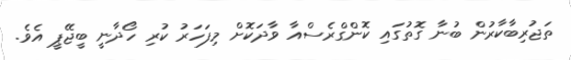
ތަޖުރިބާކާރުން ބުނާ ގޮތުގައި ކޮންގްރެސްއާ ވާދަކޮށް މިފަހަރު ކުރި ހޯދާނީ ބީޖޭޕީ އެވެ.